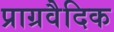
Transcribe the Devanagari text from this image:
प्राग्रवैदिक